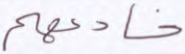
خادعهم